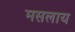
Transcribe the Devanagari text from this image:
मसलाय